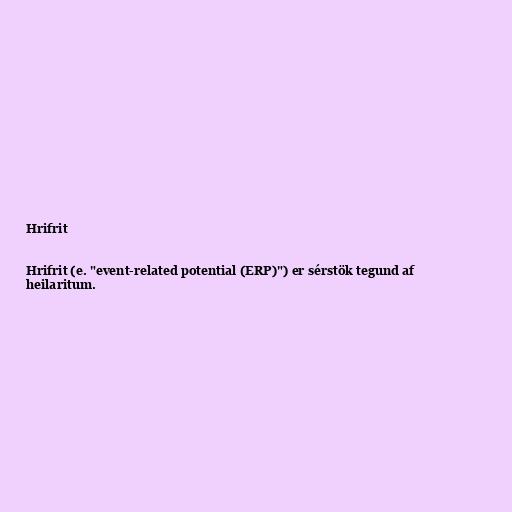
Hrifrit

Hrifrit (e. "event-related potential (ERP)") er sérstök tegund af
heilaritum.